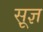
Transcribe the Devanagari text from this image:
सू़ज्ञ